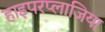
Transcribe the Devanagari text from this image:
हाइपरप्लाजिया